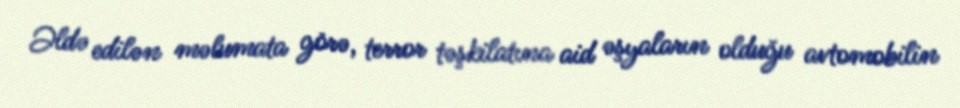
Əldə edilən məlumata görə, terror təşkilatına aid əşyaların olduğu avtomobilin